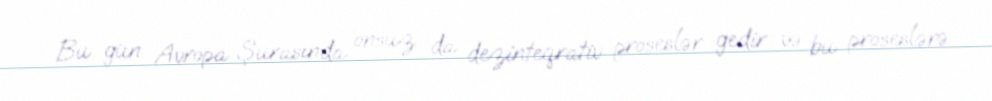
Bu gün Avropa Şurasında onsuz da dezinteqrativ proseslər gedir və bu proseslərə